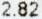
2.82